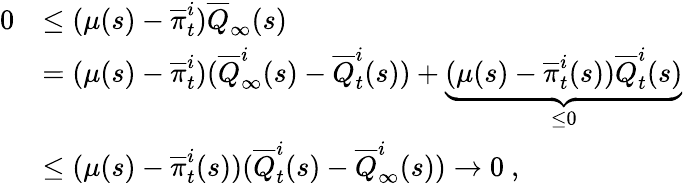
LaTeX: \begin{array}{rl}{0}&{\leq(\mu(s)-\overline{\pi}_{t}^{i})\overline{Q}_{\infty}(s)}\\ &{=(\mu(s)-\overline{\pi}_{t}^{i})(\overline{Q}_{\infty}^{i}(s)-\overline{Q}_{t}^{i}(s))+\underbrace{(\mu(s)-\overline{\pi}_{t}^{i}(s))\overline{Q}_{t}^{i}(s)}_{\leq 0}}\\ &{\leq(\mu(s)-\overline{\pi}_{t}^{i}(s))(\overline{Q}_{t}^{i}(s)-\overline{Q}_{\infty}^{i}(s))\rightarrow 0\ ,}\end{array}